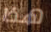
هذا